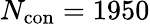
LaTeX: N_{\mathrm{con}}=1950